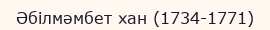
Әбілмәмбет хан (1734-1771)